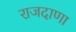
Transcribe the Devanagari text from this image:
राजदाणा